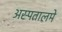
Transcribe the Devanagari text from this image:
अस्पतालमे